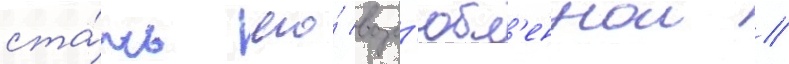
ста́ть его́ возл'юбл'еннои //